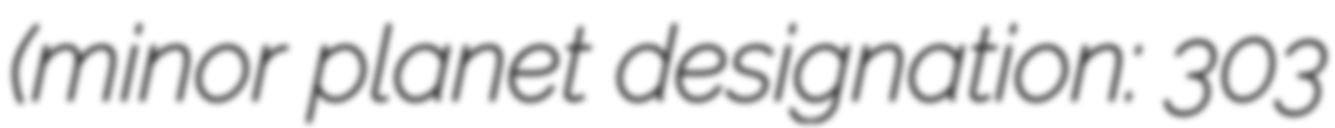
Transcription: (minor planet designation: 303